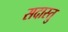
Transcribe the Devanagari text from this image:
सदास्तु